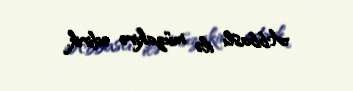
Abbaslı ilə müzakirə edirik.